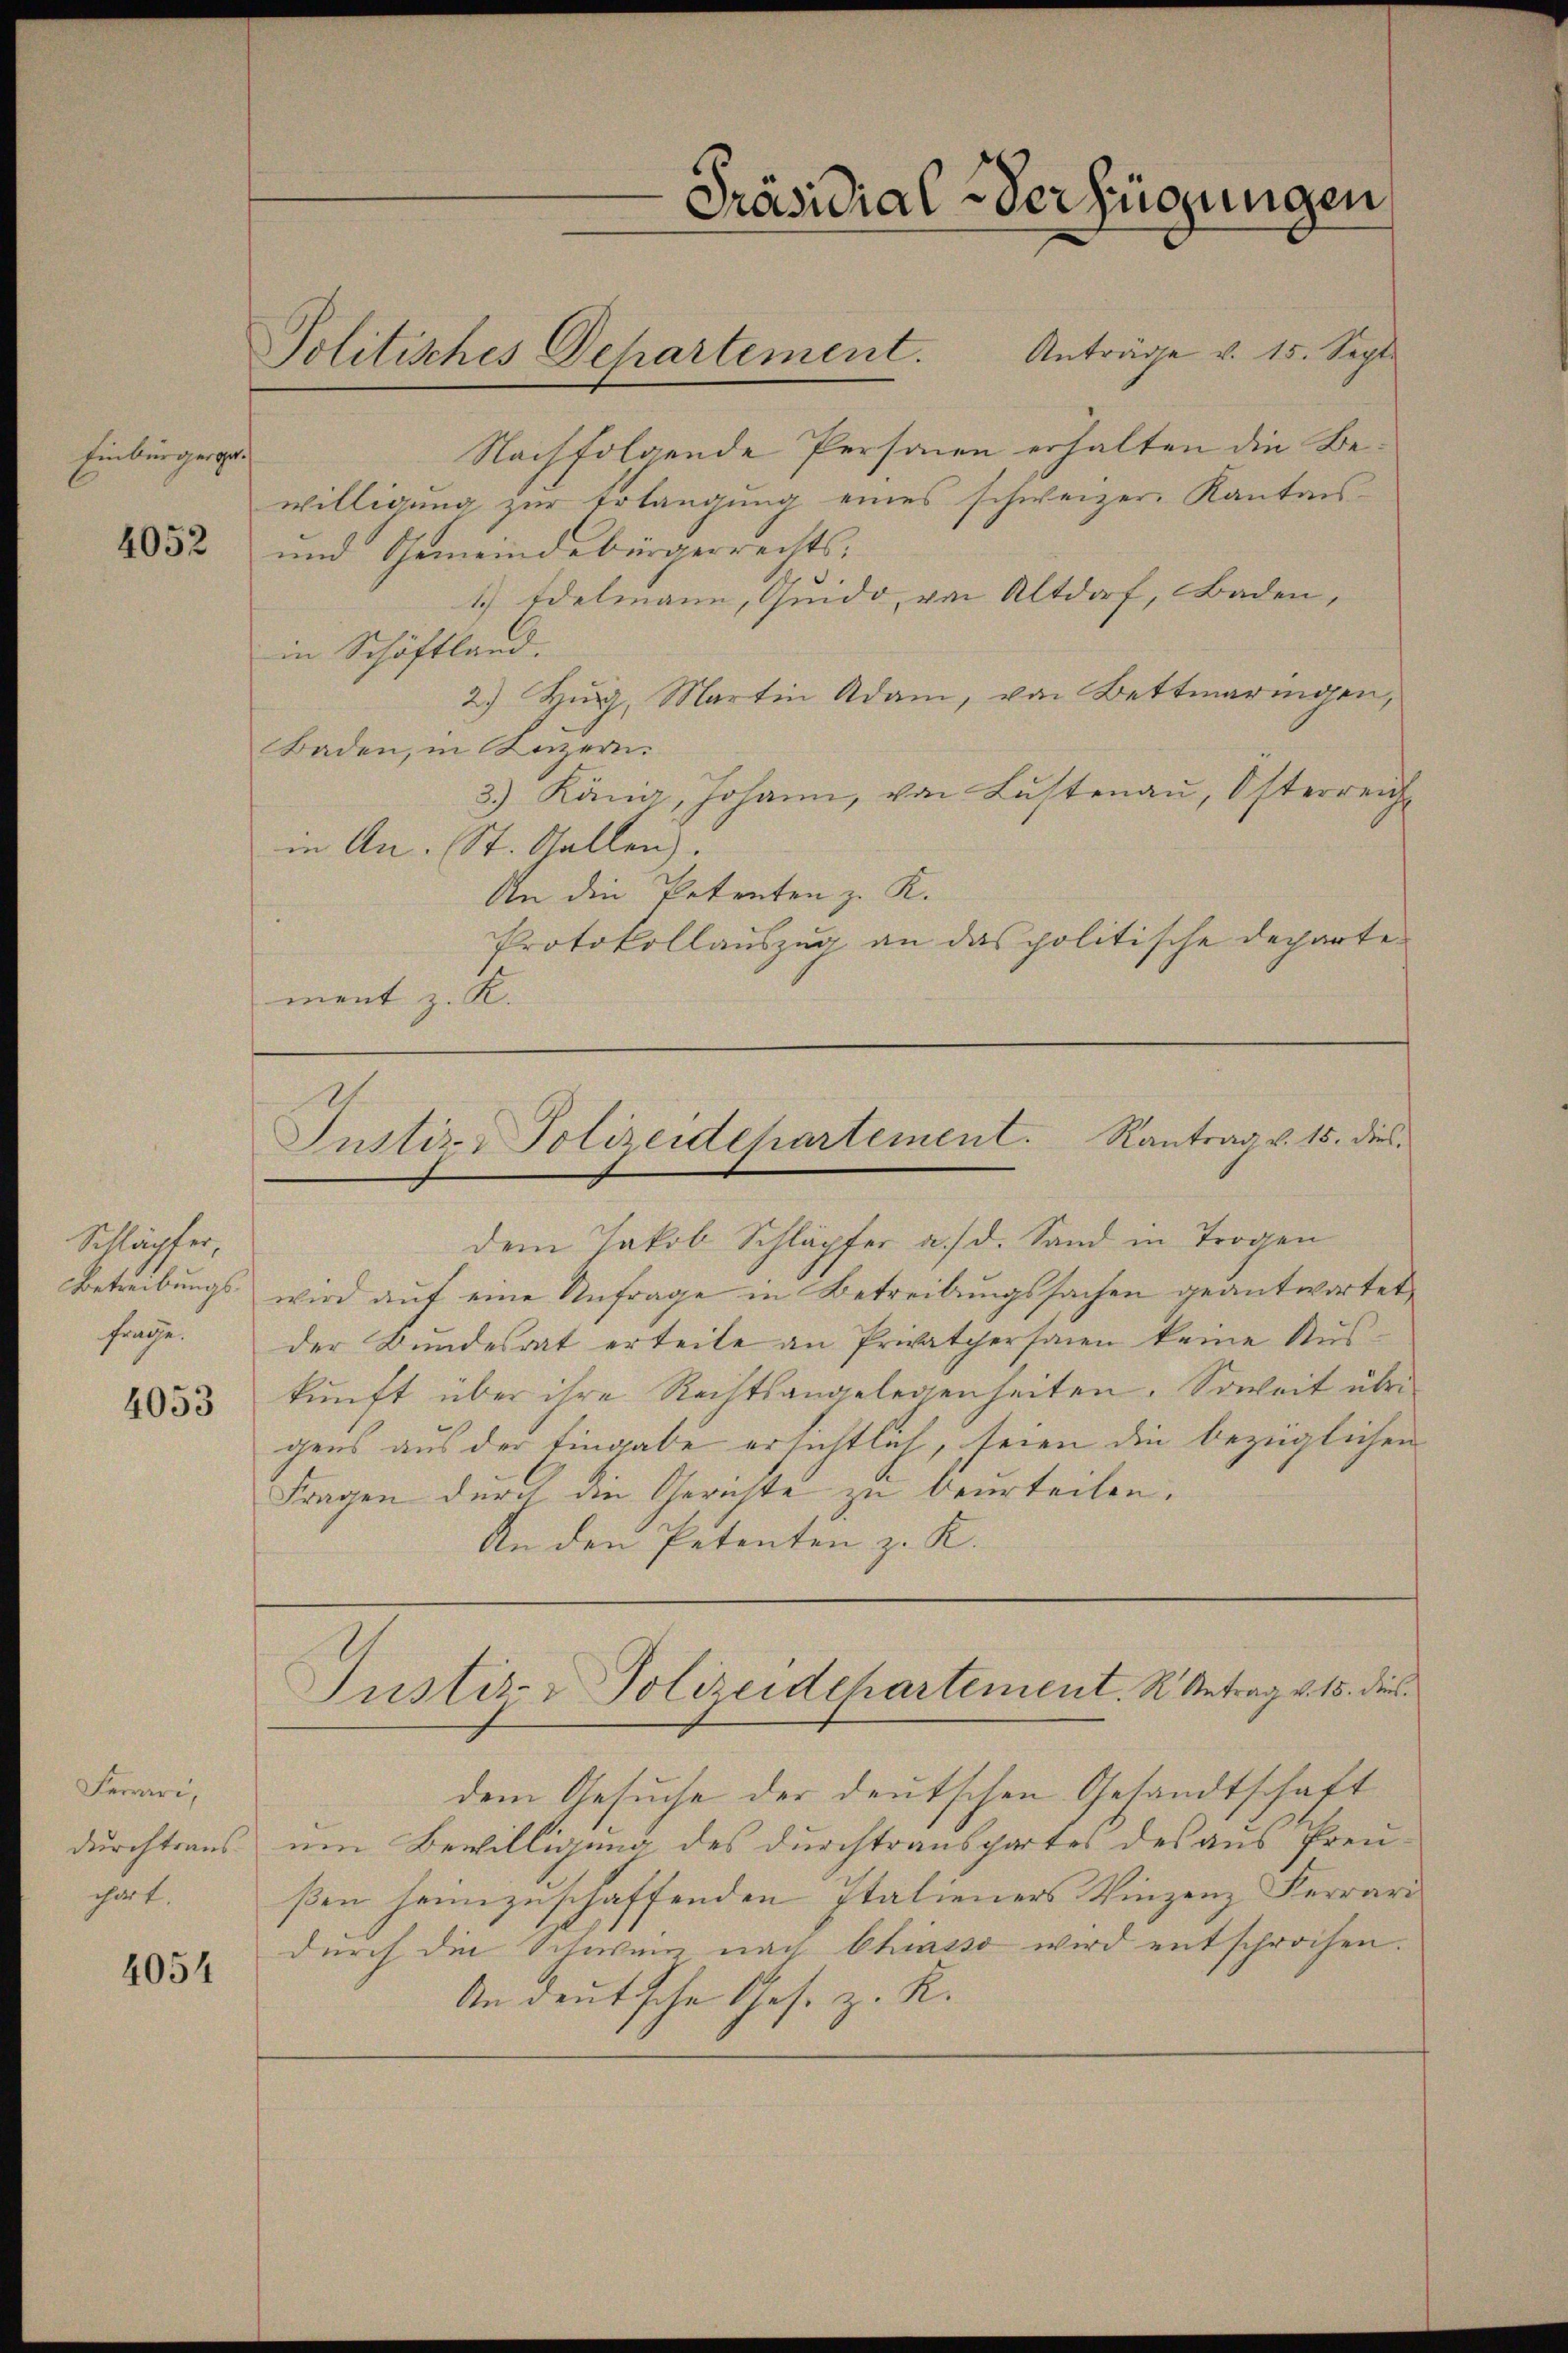
Einbürgerge¬

4052

Schläpfer,
frage.
4053

4054

Nachfolgende Personen erhalten die Bewilligung zur Erlangung eines schweizer Kantons¬
und Gemeindebürgerrechts-
1.) Edelmann, Quido von Altdorf, Baden,
in Schäftland.
2.) Zug, Martin Adam, von Bettmaringen,
Baden, in Luzern.
3.) König, Johann, von Lustenau, Österreich
in An- St. Gallen.
An die Petenten z. K.
Protokollauszug an das politische Departe
ment z. K.

Ferari,
chart.

Präsidial-Verfügungen

Politisches Departement. Anträge v. 15. Sept.

Instiz- & Polizeidepartement. Rantrag v. 15. dies
dem Jakob Schläpfer a. d. Sand in Trogen

Justiz- Polizeidepartement. R. Antrag v. 15. dies

dem Gesuche der deutschen Gesandtschaft
durchtraus um Bewilligung des durchtransportes des aus Preußen heimzuschaffenden Italieners Vinzenz Ferrari
durch die Schweiz, nach Chiasso wird entsprochen.
An deutsche Ges. z. R.

Betreibungs wird auf eine Anfrage in Betreibungssachen geantwortet,
der Bundesrat erteile an Privatpersonen keine Auskunft über ihre Rechtsangelegenheiten. Soweit über-
gens aus der Eingabe ersichtlich, seien die bezüglichen
Fragen durch die Gerichte zu beurteilen.
An den Petenten z. K.